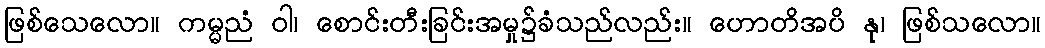
ဖြစ်သေလော။ ကမ္မညံ ဝါ၊ စောင်းတီးခြင်းအမှု၌ခံသည်လည်း။ ဟောတိအပိ နု၊ ဖြစ်သလော။